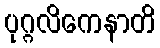
ပုဂ္ဂလိကေနာတိ